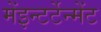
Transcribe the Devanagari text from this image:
मेंइन्टर्टेन्मेंट